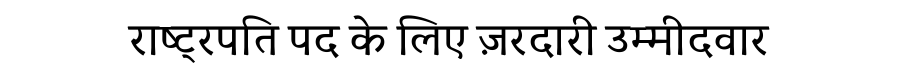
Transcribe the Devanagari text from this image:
राष्ट्रपति पद के लिए ज़रदारी उम्मीदवार